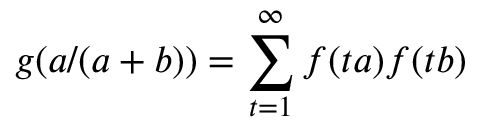
g ( a / ( a + b ) ) = \sum _ { t = 1 } ^ { \infty } f ( t a ) f ( t b )